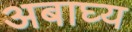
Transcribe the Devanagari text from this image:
अबाघ्य